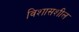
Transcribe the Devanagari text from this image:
विशासशील